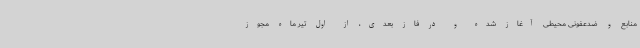
منابع و ضدعفونی محیطی آغاز شده و در فاز بعدی، از اول تیر ماه مجوز